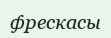
фрескасы